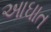
આઘાત